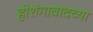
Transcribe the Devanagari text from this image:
होशंगाबादच्या